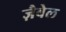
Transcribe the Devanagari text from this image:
ज़ैबेल